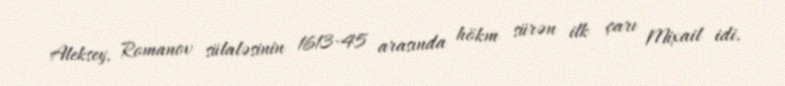
Aleksey, Romanov sülaləsinin 1613-45 arasında hökm sürən ilk çarı Mixail idi.